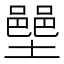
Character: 𫮳